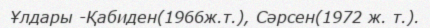
Ұлдары -Қабиден(1966ж.т.), Сәрсен(1972 ж. т.).